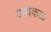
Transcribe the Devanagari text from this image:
कथकळ